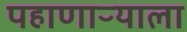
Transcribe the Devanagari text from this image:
पहाणाऱ्याला